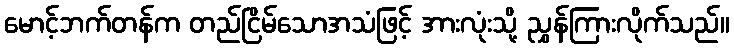
မောင့်ဘက်တန်က တည်ငြိမ်သောအသံဖြင့် အားလုံးသို့ ညွှန်ကြားလိုက်သည်။